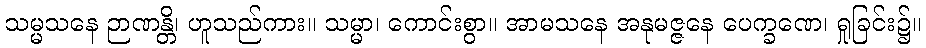
သမ္မသနေ ဉာဏန္တိ၊ ဟူသည်ကား။ သမ္မာ၊ ကောင်းစွာ။ အာမသနေ အနုမဇ္ဇနေ ပေက္ခဏေ၊ ရှုခြင်း၌။